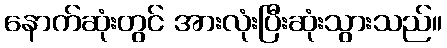
နောက်ဆုံးတွင် အားလုံးပြီးဆုံးသွားသည်။